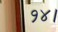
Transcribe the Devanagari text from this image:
१४।